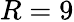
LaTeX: R=9